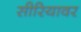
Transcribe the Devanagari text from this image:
सीरियावर